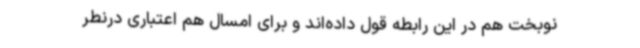
نوبخت هم در این رابطه قول داده‌اند و برای امسال هم اعتباری درنطر